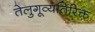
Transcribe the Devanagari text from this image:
तेलुगूव्यतिरिक्त